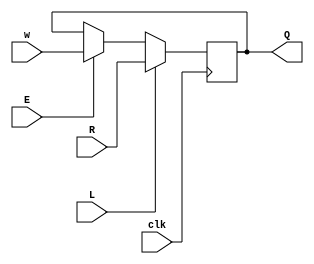
module top_module (
    input clk,
    input w, R, E, L,
    output Q
);
    
    reg tmp;
    //not use <=
    always @(posedge clk) begin
        tmp = E ? w : Q;
        Q = L ? R : tmp;
    end

endmodule